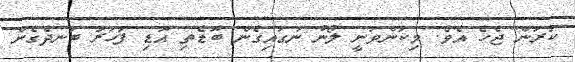
ކުރަން ޖެހެ އެވެ. މިކަންވަނީ ލޯނު ނަގައިގެން ބޮޑެތި އޮޑި ފަހަރު ބަނދެގެން